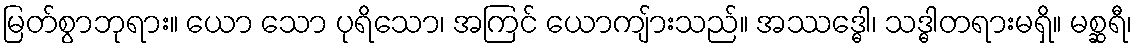
မြတ်စွာဘုရား။ ယော သော ပုရိသော၊ အကြင် ယောကျ်ားသည်။ အဿဒ္ဓေါ၊ သဒ္ဓါတရားမရှိ။ မစ္ဆရီ၊